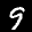
Label: 9